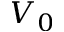
V _ { 0 }